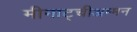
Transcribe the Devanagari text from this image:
मीनाट्चीअम्मन